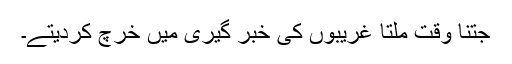
جتنا وقت ملتا غریبوں کی خبر گیری میں خرچ کردیتے۔